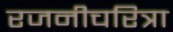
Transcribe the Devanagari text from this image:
रजनीचरित्रा